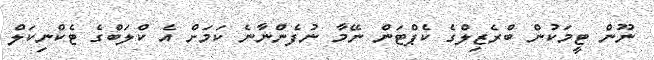
ނޫން ޓީމަކުން ބްރެޒިލްގެ ކެޕްޓަން ނޭމާ ނުފެންނާނެ ކަމަށް އެ ކްލަބްގެ ޓެކްނިކަލް